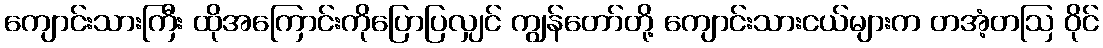
ကျောင်းသားကြီး ထိုအကြောင်းကိုပြောပြလျှင် ကျွန်တော်တို့ ကျောင်းသားငယ်များက တအံ့တဩ ဝိုင်